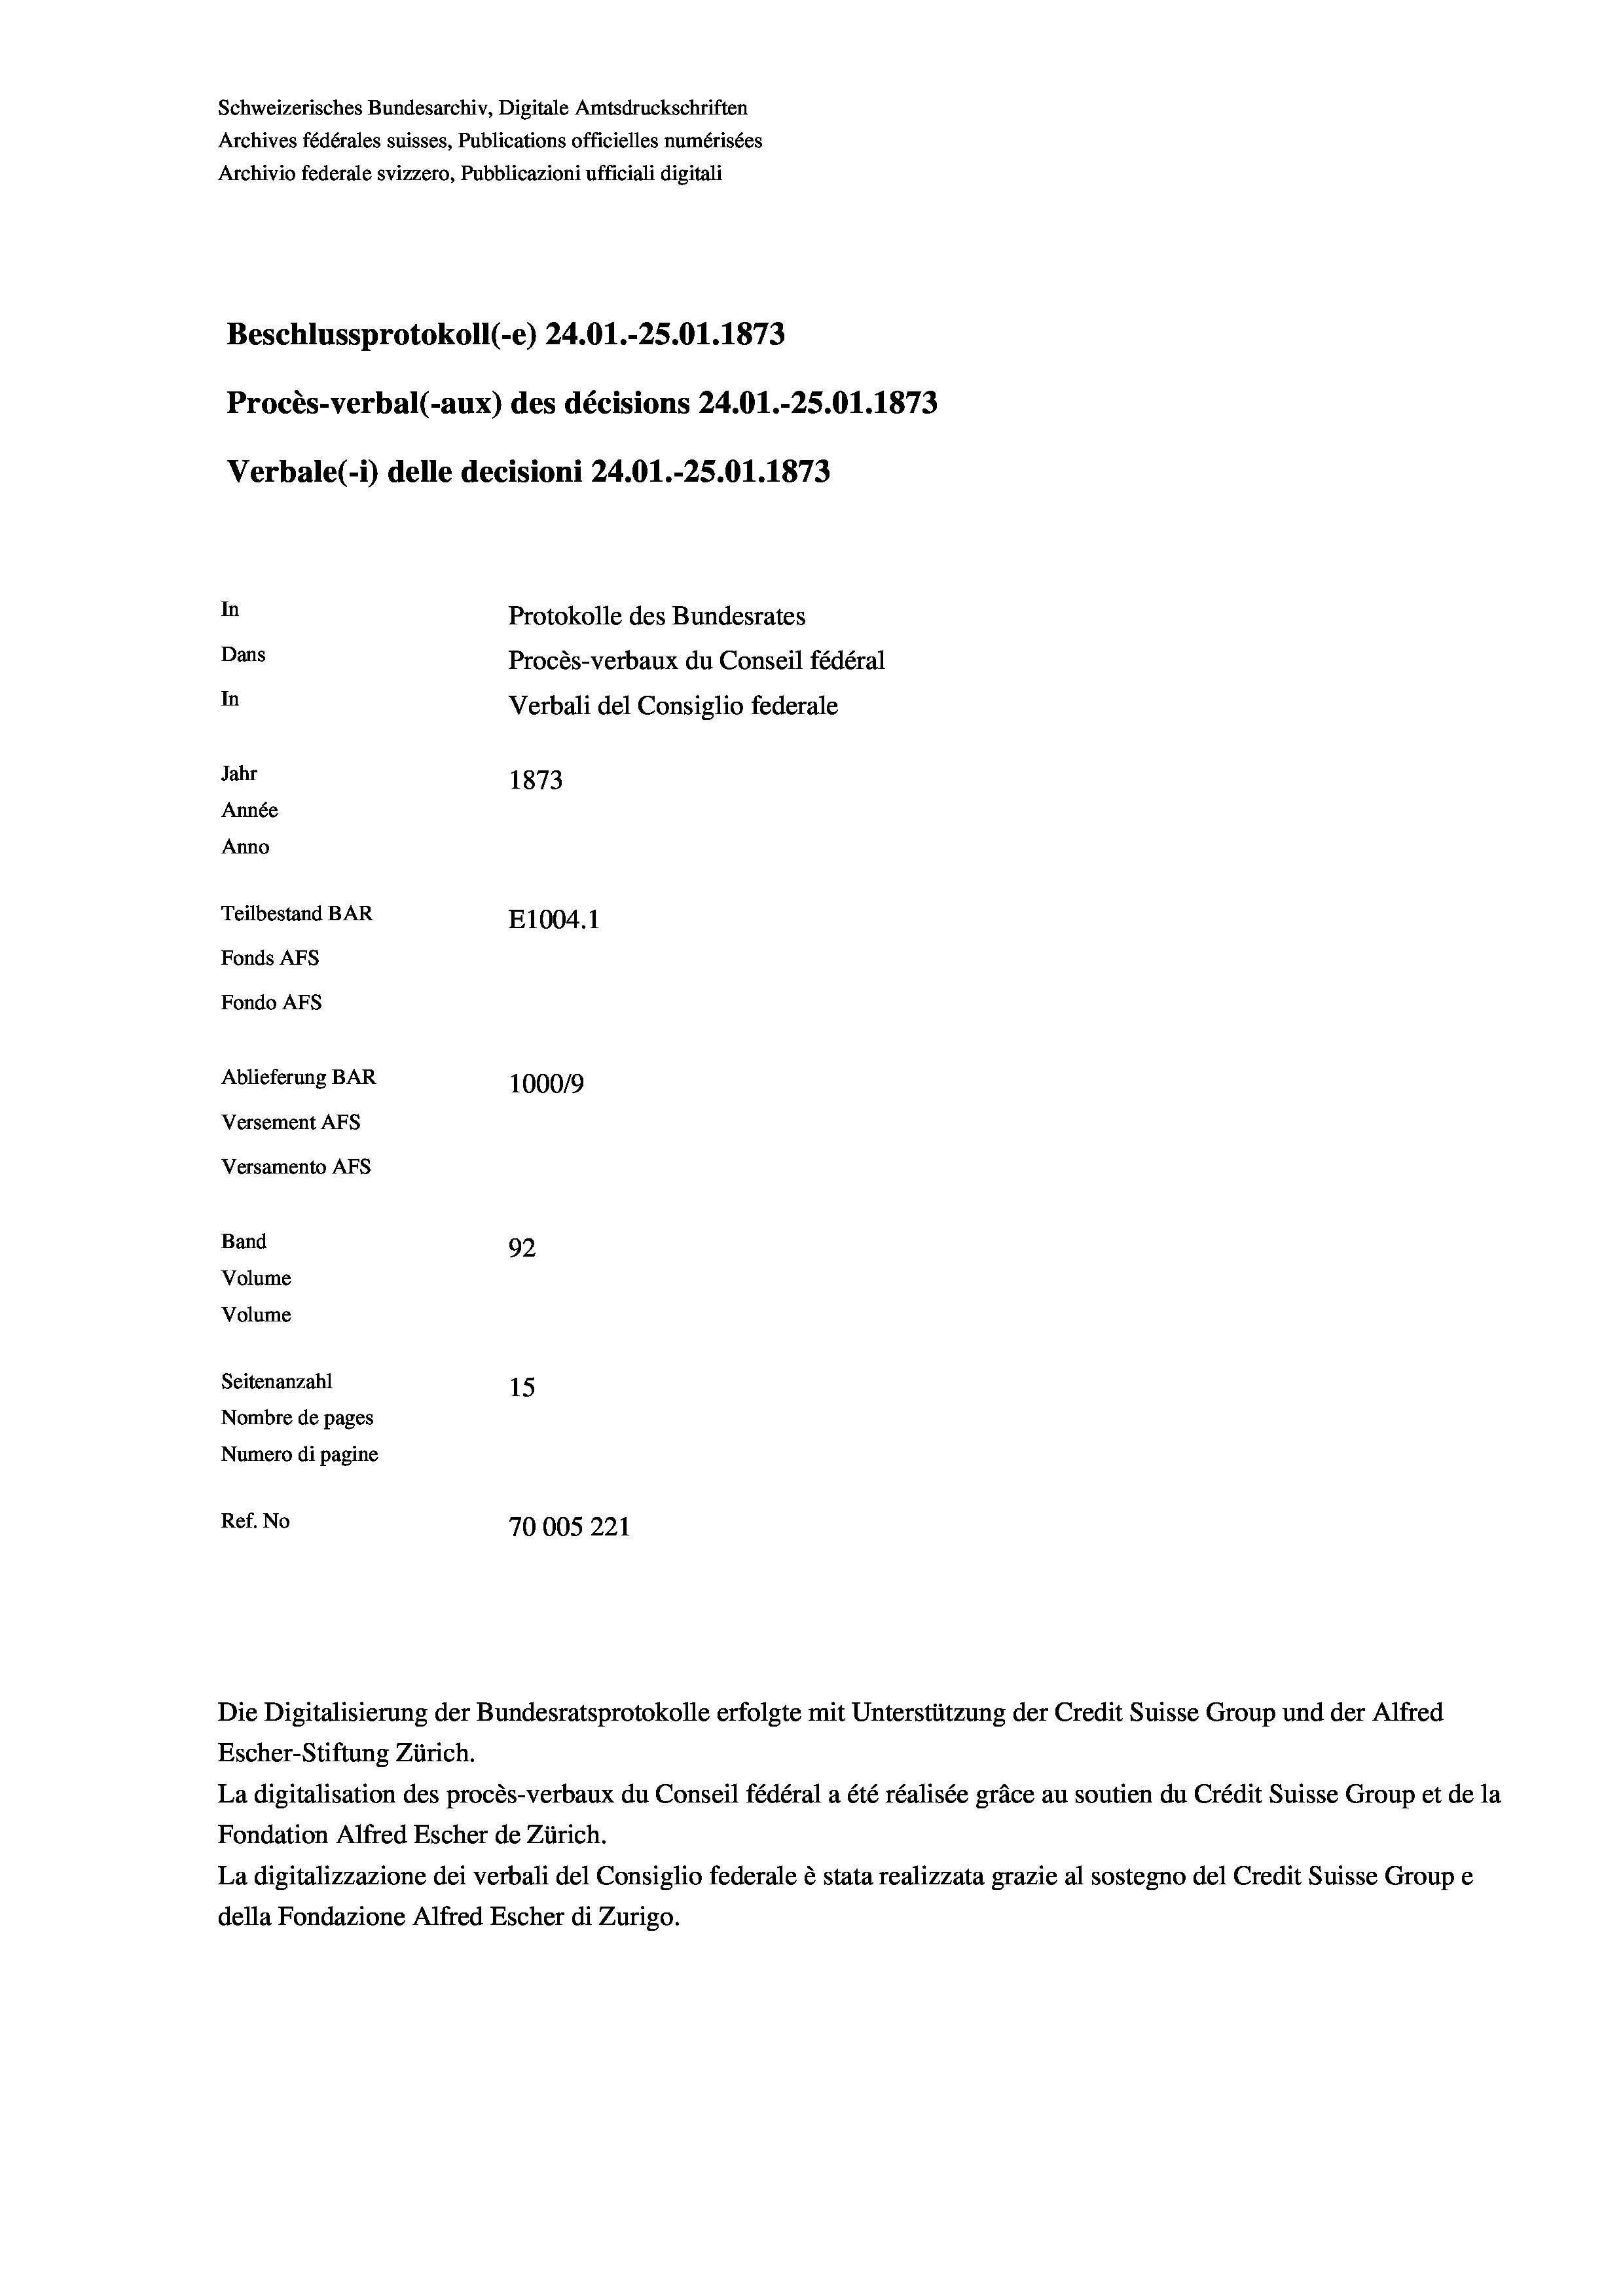
Schweizerisches Bundesarchiv, Digitale Amtsdruckschriften
Archives fédérales suisses, Publications officielles numérisées
Archivio federale svizzero, Pubblicazioni ufficiali digitali
Beschlussprotokoll (-e) 24.01.-25.01. 1873
Procès-verbal (-aux) des décisions 24.01.-25.01. 1873
Verbale(-*) delle decisioni 24.01.-25.01. 1873
In
Protokolle des Bundesrates
Dans
Procès-verbaux du Conseil fédéral
In
Verbali del Consiglio federale
Jahr
1873
Année
Anno
Teilbestand BAR
E1004. 1
Fonds AFs
Fondo AFS
Ablieferung BAR
100019
Versement AFs
Versamento AFs
Band
92
Volume
Volume
Seitenanzahl
15
Nombre de pages
Numero di pagine
Ref. No
70005221

La digitalisation des procès-verbaux du Conseil fédéral a été réalisée gräce au soutien du Crédit Suisse Group et de la
Fondation Alfred Escher de Zürich.
La digitalizzazione dei verbali del Consiglio federale è stata realizzata grazie al sostegno del Credit Suisse Groupe
della Fondazione Alfred Escher di Zurigo.

Die Digitalisierung der Bundesratsprotokolle erfolgte mit Unterstützung der Credit Suisse Group und der Alfred
Escher-Stiftung Zürich.